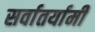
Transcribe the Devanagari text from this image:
सर्वातर्यामी